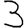
Digit: 3